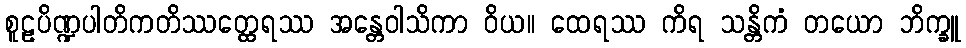
စူဠပိဏ္ဍပါတိကတိဿတ္ထေရဿ အန္တေဝါသိကာ ဝိယ။ ထေရဿ ကိရ သန္တိကံ တယော ဘိက္ခူ